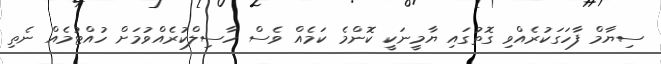
ސިޔާމް ފާހަގަކުރެއްވި ގޮތުގައި ޔާމީނަކީ ކޮންމެ ކަމެއް ވެސް ހާސިލްކުރެއްވުމަށް ހުއްޓުމެއް ނެތި